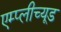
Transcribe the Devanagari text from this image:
एम्प्लीच्यूड